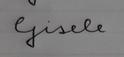
Signature authenticity: forged